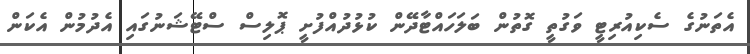
އެތަނުގެ ސެކިއުރިޓީ ވަގުތީ ގޮތުން ބަލަހައްޓާދޭން ކުޅުދުއްފުށީ ޕޮލިސް ސްޓޭޝަނުގައި އެދުމުން އެކަން